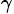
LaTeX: _{\gamma}